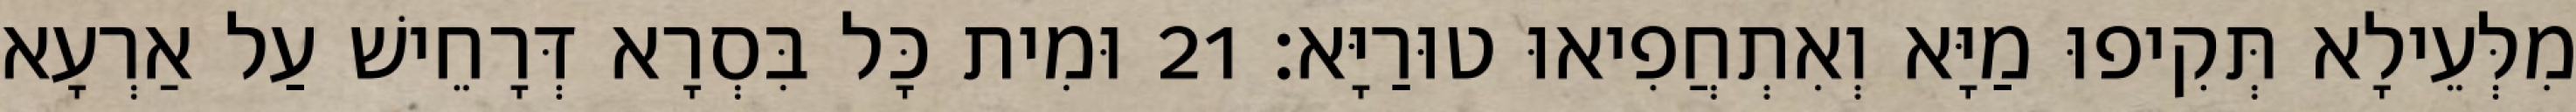
מִלְּעֵילָא תְּקִיפוּ מַיָּא וְאִתְחֲפִיאוּ טוּרַיָּא׃ 21 וּמִית כָּל בִּסְרָא דְּרָחֵישׁ עַל אַרְעָא